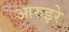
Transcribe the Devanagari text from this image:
आरुइरे